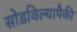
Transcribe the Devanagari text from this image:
सोडविल्यापैकी